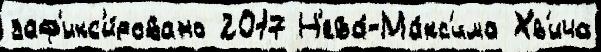
заф'икс'и́ровано 2017 Н'ева́-Ма́кс'има Хв'ича